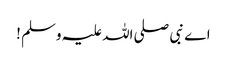
اے نبی صلی اللہ علیہ وسلم !